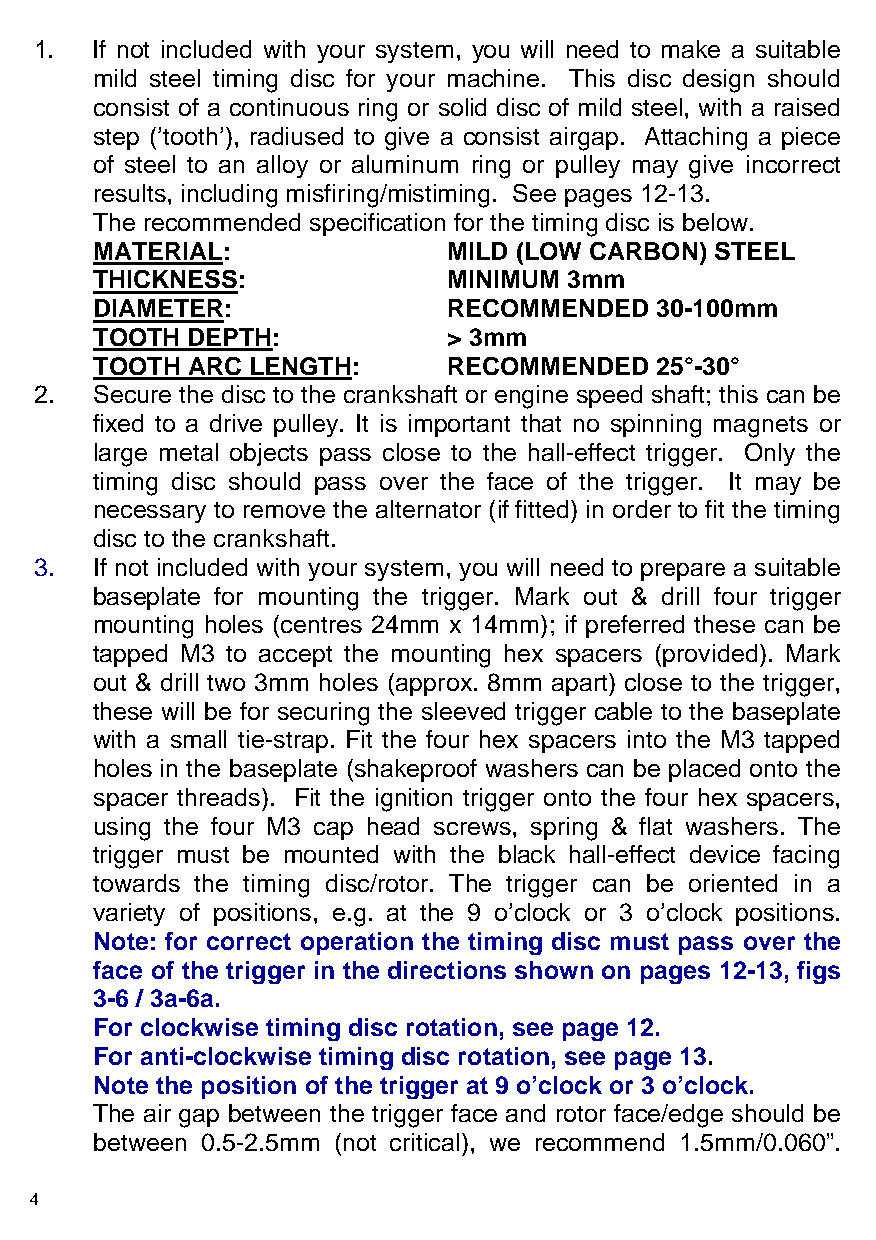
1.  If not included with your system, you will need to make a suitable
 mild steel timing disc for your machine. This disc design should
 consist of a continuous ring or solid disc of mild steel, with a raised
 step (’tooth’), radiused to give a consist airgap. Attaching a piece
 of steel to an alloy or aluminum ring or pulley may give incorrect
 results, including misfiring/mistiming. See pages 12-13.
 The recommended specification for the timing disc is below.
 MATERIAL:               MILD (LOW CARBON) STEEL
 THICKNESS:              MINIMUM 3mm
 DIAMETER:               RECOMMENDED  30-100mm
 TOOTH DEPTH:            > 3mm
 TOOTH ARC LENGTH:       RECOMMENDED  25°-30°
 2.  Secure the disc to the crankshaft or engine speed shaft; this can be
 fixed to a drive pulley. It is important that no spinning magnets or
 large metal objects pass close to the hall-effect trigger. Only the
 timing disc should pass over the face of the trigger. It may be
 necessary to remove the alternator (if fitted) in order to fit the timing
 disc to the crankshaft.
 3.  If not included with your system, you will need to prepare a suitable
 baseplate for mounting the trigger. Mark out & drill four trigger
 mounting holes (centres 24mm x 14mm); if preferred these can be
 tapped M3 to accept the mounting hex spacers (provided). Mark
 out & drill two 3mm holes (approx. 8mm apart) close to the trigger,
 these will be for securing the sleeved trigger cable to the baseplate
 with a small tie-strap. Fit the four hex spacers into the M3 tapped
 holes in the baseplate (shakeproof washers can be placed onto the
 spacer threads). Fit the ignition trigger onto the four hex spacers,
 using the four M3 cap head screws, spring & flat washers. The
 trigger must be mounted with the black hall-effect device facing
 towards the timing disc/rotor. The trigger can be oriented in a
 variety of positions, e.g. at the 9 o’clock or 3 o’clock positions.
 Note: for correct operation the timing disc must pass over the
 face of the trigger in the directions shown on pages 12-13, figs
 3-6 / 3a-6a.
 For clockwise timing disc rotation, see page 12.
 For anti-clockwise timing disc rotation, see page 13.
 Note the position of the trigger at 9 o’clock or 3 o’clock.
 The a i r gap between the trigger face and rotor face/edge should be
 between 0.5-2.5mm (not critical), we recommend 1.5mm/0.060”.
 4